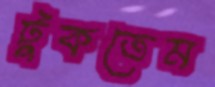
টুকতেম